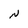
Character: N